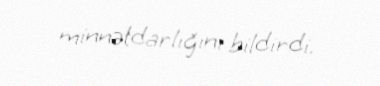
minnətdarlığını bildirdi.